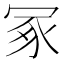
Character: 冢